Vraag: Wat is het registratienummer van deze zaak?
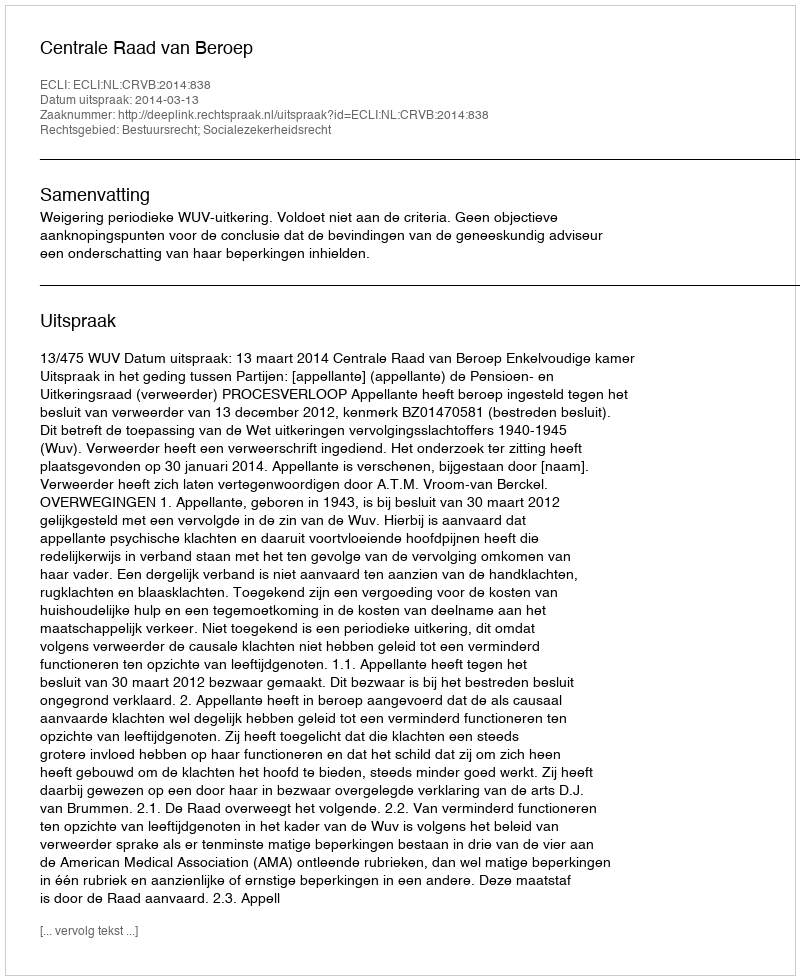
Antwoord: http://deeplink.rechtspraak.nl/uitspraak?id=ECLI:NL:CRVB:2014:838